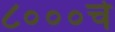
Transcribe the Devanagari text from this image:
८०००चे